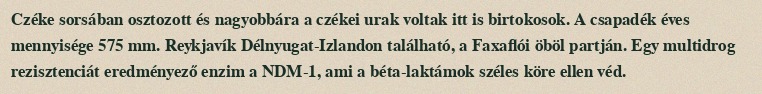
Czéke sorsában osztozott és nagyobbára a czékei urak voltak itt is birtokosok. A csapadék éves mennyisége 575 mm. Reykjavík Délnyugat-Izlandon található, a Faxaflói öböl partján. Egy multidrog rezisztenciát eredményező enzim a NDM-1, ami a béta-laktámok széles köre ellen véd.